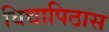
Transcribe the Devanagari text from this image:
विद्यापिठास